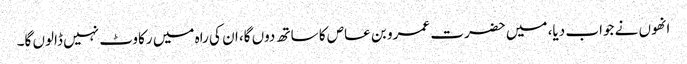
انھوں نے جواب دیا، میں حضرت عمرو بن عاص کا ساتھ دوں گا، ان کی راہ میں رکاوٹ نہیں ڈالوں گا۔